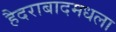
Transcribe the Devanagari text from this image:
हैदराबादमधला